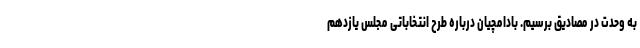
به وحدت در مصادیق برسیم. بادامچیان درباره طرح انتخاباتی مجلس یازدهم